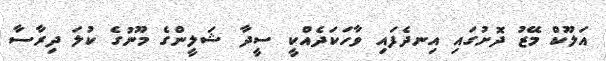
އަލޫކް މޭޒު ދޮށުގައި އިނދެފައި ވާހަކަދެއްކީ ސީދާ ޝަލީންގެ މޫނުގެ ކުލަ ދިރާސާ